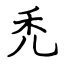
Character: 禿